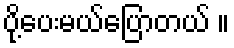
ပို့ပေးမယ်ပြောတယ် ။